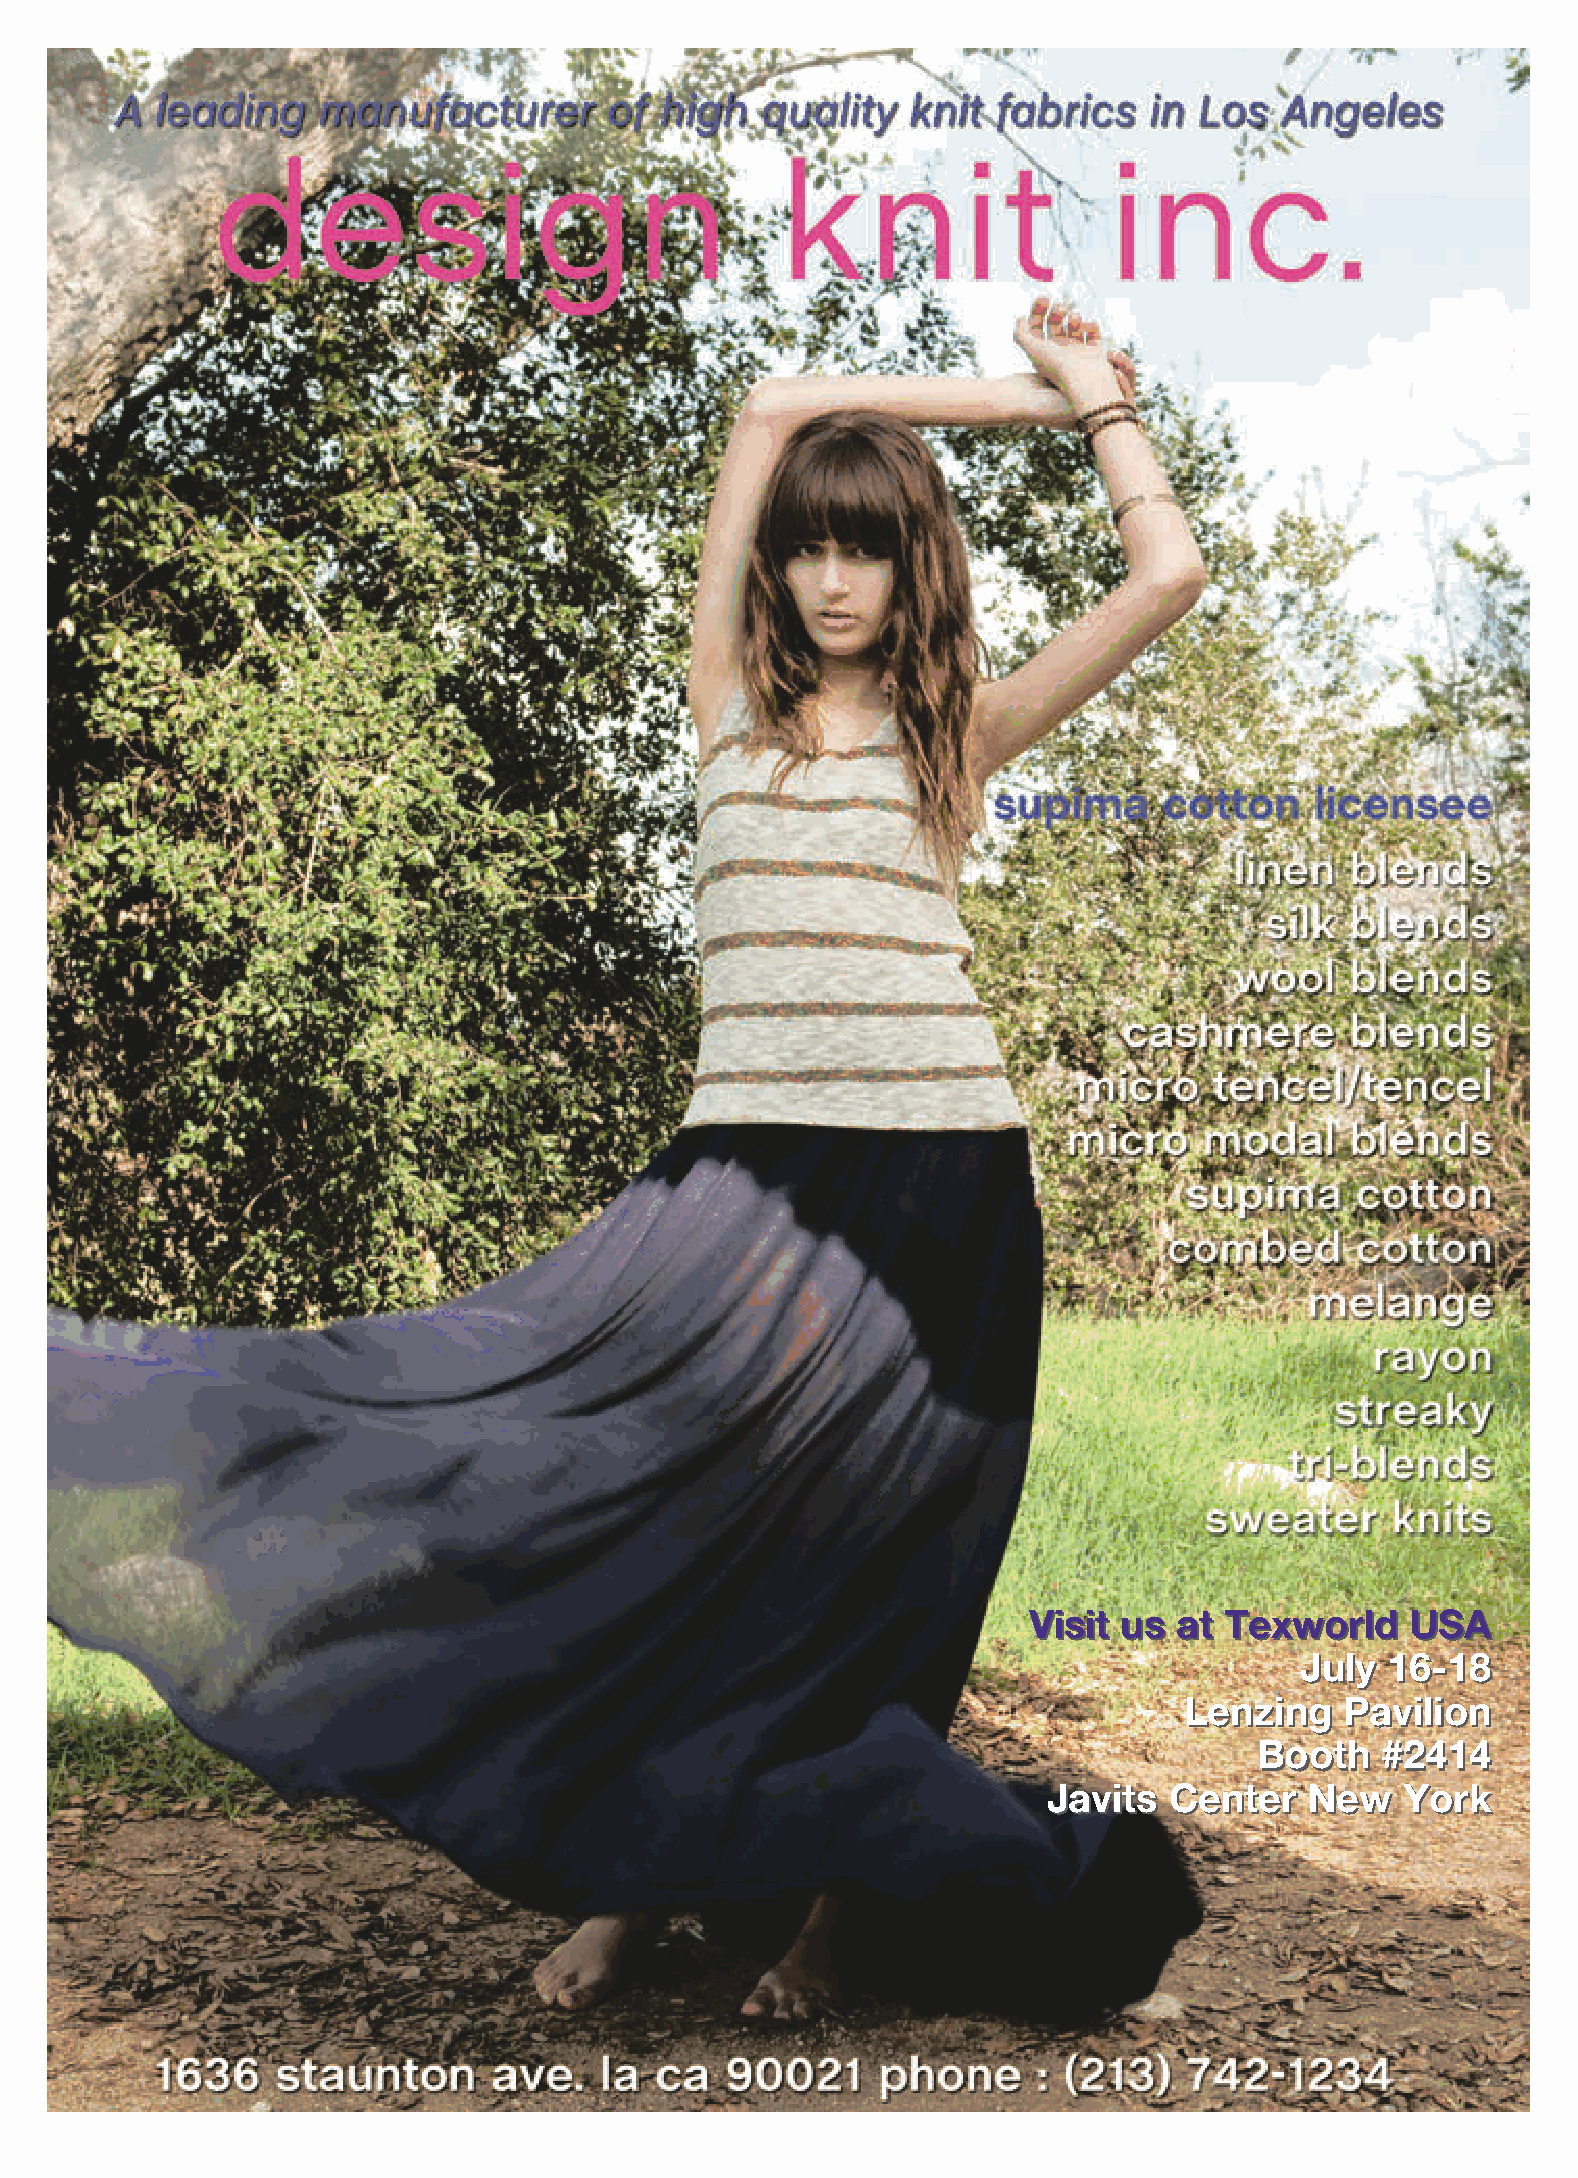
VViissiitt uuss aatt TTeexxwwoorrlldd UUSSAA
 JJuullyy 1166--1188
 LLeennzziinngg PPaavviilliioonn
 BBooootthh ##22441144
 JJaavviittss CCeenntteerr NNeeww YYoorrkk
 DesignKnit 022213.indd 2                                                                       7/3/13 3:40:10 PM